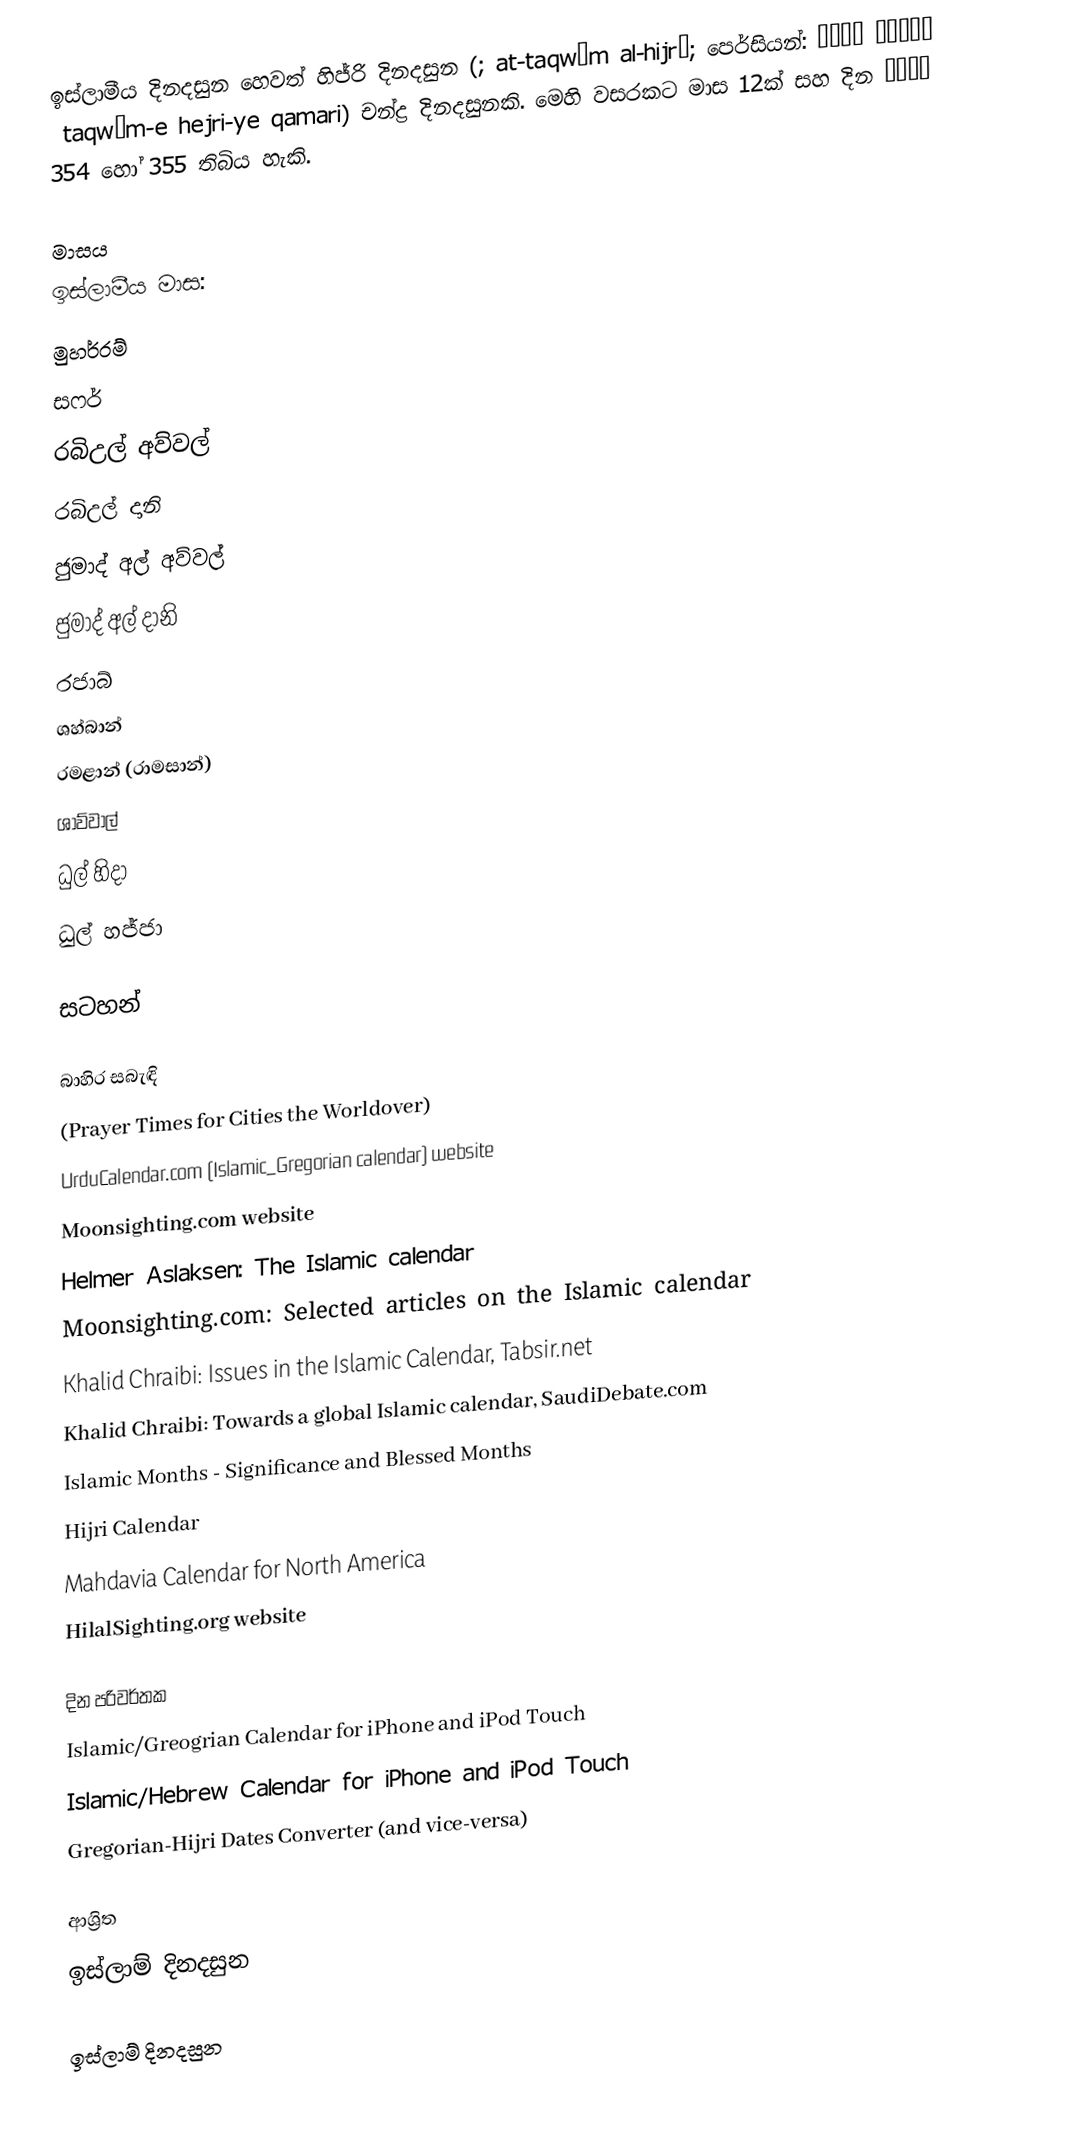
ඉස්ලාමීය දිනදසුන හෙවත් හිජ්රි දිනදසුන (; at-taqwīm al-hijrī; පෙර්සියන්: تقویم هجری قمری ‎ taqwīm-e hejri-ye qamari) චන්ද්‍ර දිනදසුනකි. මෙහි වසරකට මාස 12ක් සහ දින 354 හෝ 355 තිබිය හැකි.

මාසය
ඉස්ලාමීය මාස:
 මුහර්රම්
 සෆර්
 රබිඋල් අව්වල්
 රබිඋල් දානි
 ජුමාද් අල් අව්වල්
 ජුමාද් අල් දානි
 රජාබ්
 ශහ්බාන්
 රමළාන් (රාමසාන්)
 ශාව්වාල්
 ධුල් හිදා
 ධුල් හජ්ජා

සටහන්

බාහිර සබැඳි
 (Prayer Times for Cities the Worldover)
 UrduCalendar.com (Islamic_Gregorian calendar) website
 Moonsighting.com website
 Helmer Aslaksen: The Islamic calendar
 Moonsighting.com: Selected articles on the Islamic calendar
 Khalid Chraibi: Issues in the Islamic Calendar, Tabsir.net
 Khalid Chraibi: Towards a global Islamic calendar, SaudiDebate.com
 Islamic Months - Significance and Blessed Months
 Hijri Calendar
 Mahdavia Calendar for North America
 HilalSighting.org website

දින පරිවර්තක
 Islamic/Greogrian Calendar for iPhone and iPod Touch
 Islamic/Hebrew Calendar for iPhone and iPod Touch
 Gregorian-Hijri Dates Converter (and vice-versa)

ආශ්‍රිත
 ඉස්ලාම් දිනදසුන

ඉස්ලාම් දිනදසුන